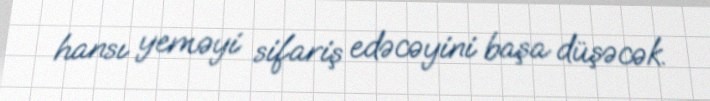
hansı yeməyi sifariş edəcəyini başa düşəcək.